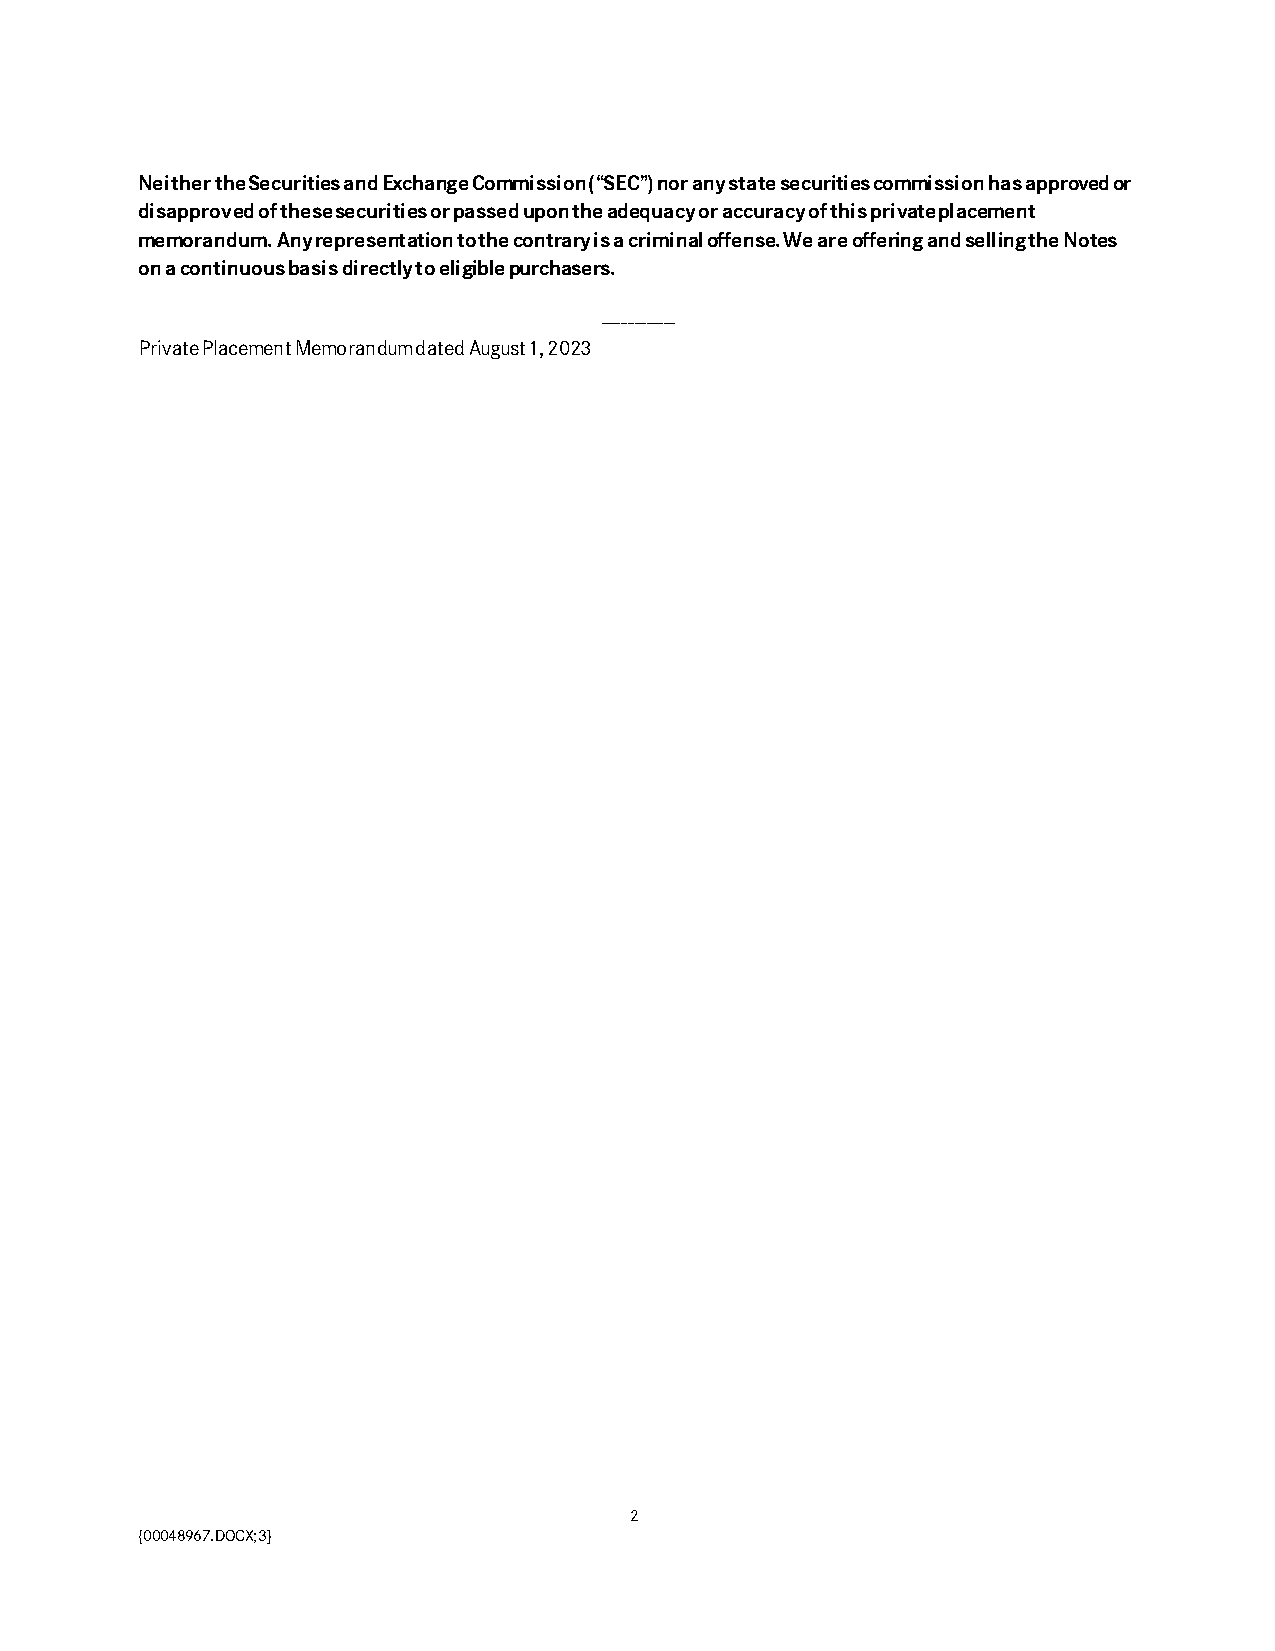
Neither the Securities and Exchange Commission (“SEC”) nor any state securities commission has approved or
 disapproved of these securities or passed upon the adequacy or accuracy of this private placement
 memorandum. Any representation to the contrary is a criminal offense. We are offering and selling the Notes
 on a continuous basis directly to eligible purchasers.
 ------------
 Private Placement Memorandum dated August 1, 2023
 2
 {00048967.DOCX;3}